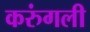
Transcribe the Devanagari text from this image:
करुंगली